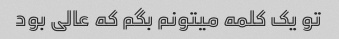
تو یک کلمه میتونم بگم که عالی بود